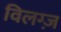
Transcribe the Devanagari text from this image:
विलग्ज़